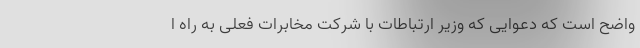
واضح است که دعوایی که وزیر ارتباطات با شرکت مخابرات فعلی به راه ا